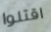
اقتلوا